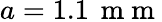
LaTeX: a=1.1\, \mathrm{~m~m~}